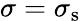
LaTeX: \sigma=\sigma_{\mathrm{{s}}}